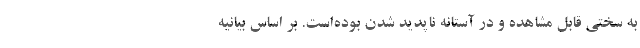
به سختی قابل مشاهده و در آستانه ناپدید شدن بوده‌است. بر اساس بیانیه